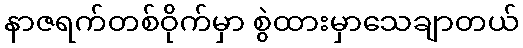
နာဇရက်တစ်ဝိုက်မှာ စွဲထားမှာသေချာတယ်